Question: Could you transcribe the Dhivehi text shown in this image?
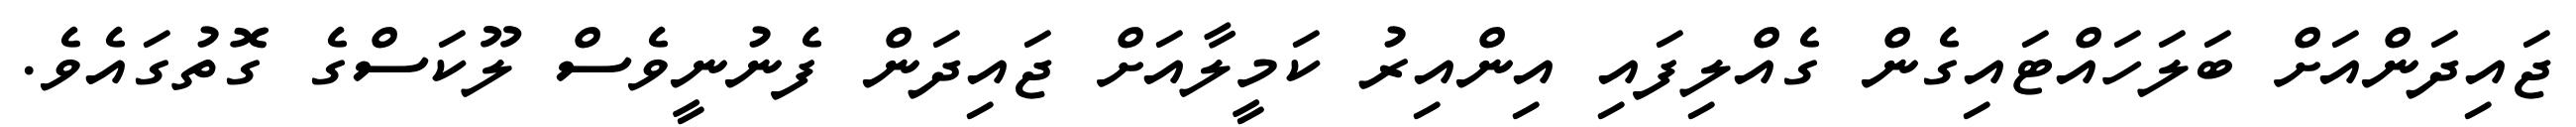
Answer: ޖައިދަންއަށް ބަލަހައްޓައިގެން ގެއްލިފައި އިންއިރު ކަމީލާއަށް ޖައިދަން ފެނުނީވެސް ލޫކަސްގެ ގޮތުގައެވެ.